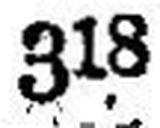
318